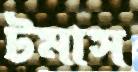
টমাস